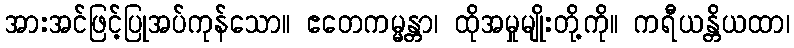
အားအင်ဖြင့်ပြုအပ်ကုန်သော။ ဧတေကမ္မန္တာ၊ ထိုအမှုမျိုးတို့ကို။ ကရီယန္တိယထာ၊